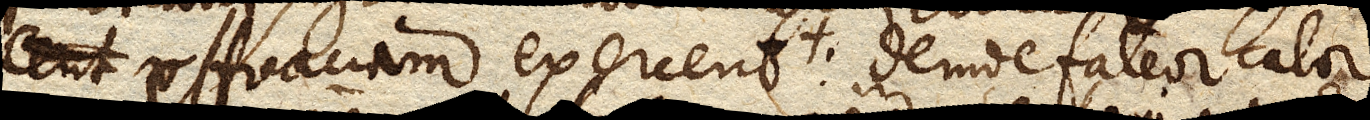
efficaciam exercent : deinde fateor calore